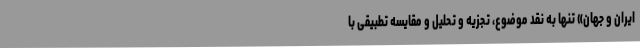
ایران و جهان» تنها به نقد موضوع، تجزیه و تحلیل و مقایسه تطبیقی با